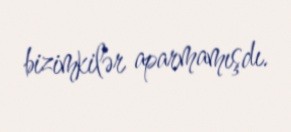
bizimkilər aparmamışdı.